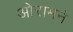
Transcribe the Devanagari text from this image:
ओरामने